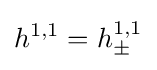
h^{1,1}=h_{\pm }^{1,1}